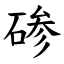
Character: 碜